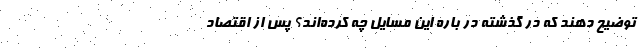
توضیح دهند که در گذشته در باره این مسایل چه کرده‌اند؟ پس از اقتصاد